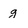
Character: g